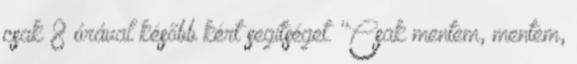
csak 8 órával később kért segítséget. "Csak mentem, mentem,